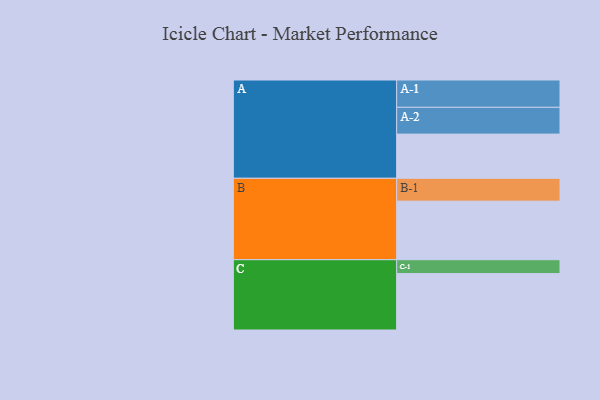
{"axis": {"x": "Segment", "y": "Value"}, "legend": ["", "A", "B", "C"], "data": [{"x": "A", "y": 325, "type": ""}, {"x": "B", "y": 431, "type": ""}, {"x": "C", "y": 415, "type": ""}, {"x": "A-1", "y": 201, "type": "A"}, {"x": "A-2", "y": 197, "type": "A"}, {"x": "B-1", "y": 168, "type": "B"}, {"x": "C-1", "y": 102, "type": "C"}]}